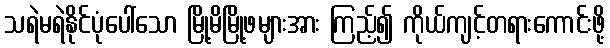
သရဲမရဲနိုင်ပုံပေါ်သော မြို့မိမြို့ဖများအား ကြည့်၍ ကိုယ်ကျင့်တရားကောင်းဖို့